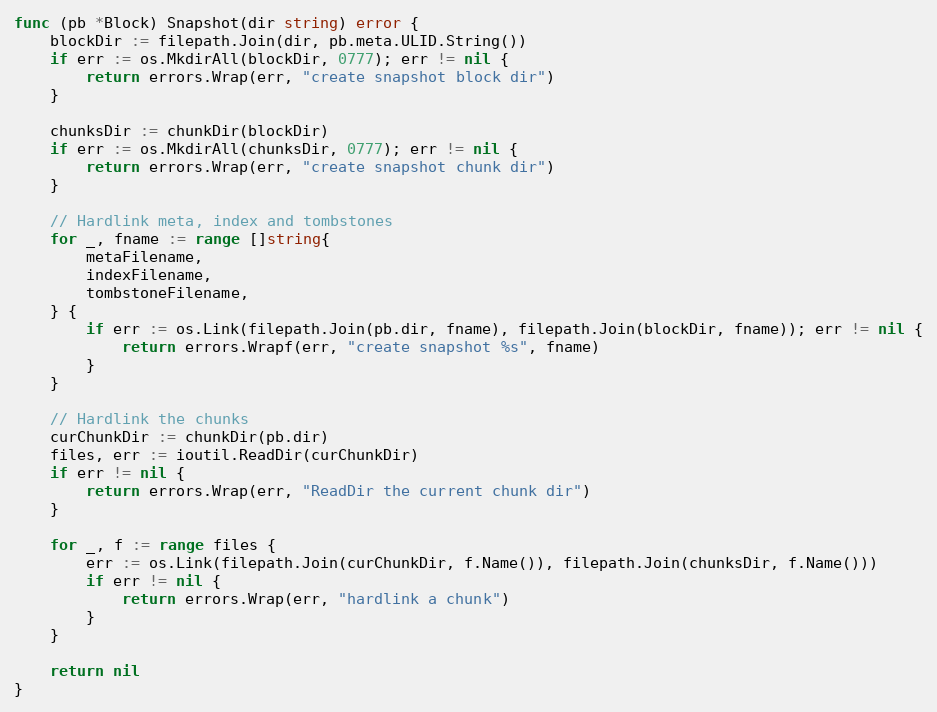
Language: Go
func (pb *Block) Snapshot(dir string) error {
	blockDir := filepath.Join(dir, pb.meta.ULID.String())
	if err := os.MkdirAll(blockDir, 0777); err != nil {
		return errors.Wrap(err, "create snapshot block dir")
	}

	chunksDir := chunkDir(blockDir)
	if err := os.MkdirAll(chunksDir, 0777); err != nil {
		return errors.Wrap(err, "create snapshot chunk dir")
	}

	// Hardlink meta, index and tombstones
	for _, fname := range []string{
		metaFilename,
		indexFilename,
		tombstoneFilename,
	} {
		if err := os.Link(filepath.Join(pb.dir, fname), filepath.Join(blockDir, fname)); err != nil {
			return errors.Wrapf(err, "create snapshot %s", fname)
		}
	}

	// Hardlink the chunks
	curChunkDir := chunkDir(pb.dir)
	files, err := ioutil.ReadDir(curChunkDir)
	if err != nil {
		return errors.Wrap(err, "ReadDir the current chunk dir")
	}

	for _, f := range files {
		err := os.Link(filepath.Join(curChunkDir, f.Name()), filepath.Join(chunksDir, f.Name()))
		if err != nil {
			return errors.Wrap(err, "hardlink a chunk")
		}
	}

	return nil
}